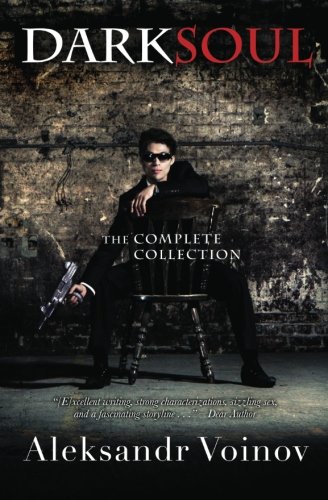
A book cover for Dark Soul Collection; Aleksandr Voinov; Romance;